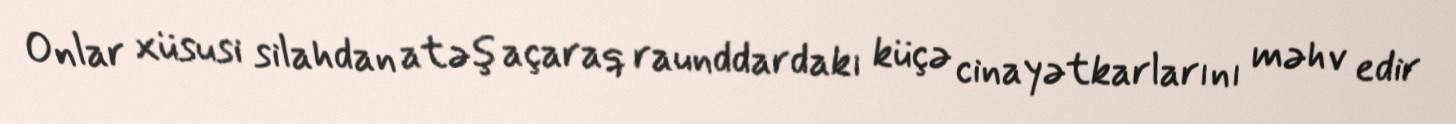
Onlar xüsusi silahdan atəş açaraq raunddardakı küçə cinayətkarlarını məhv edir